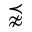
\precnapprox